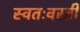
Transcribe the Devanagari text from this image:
स्वतःवरती